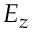
E _ { z }